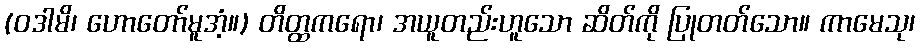
(ဝဒါမိ၊ ဟောတော်မူအံ့။) တိတ္ထကရော၊ အယူတည်းဟူသော ဆိတ်ကို ပြုတတ်သော။ ကာမေသု၊